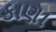
કાણા